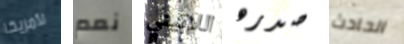
لأمريكا نعم اللاتيني صدره الحادث